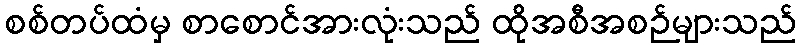
စစ်တပ်ထံမှ စာစောင်အားလုံးသည် ထိုအစီအစဉ်များသည်